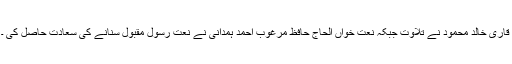
قاری خالد محمود نے تلاوت جبکہ نعت خواں الحاج حافظ مرغوب احمد ہمدانی نے نعت رسول مقبولؐ سنانے کی سعادت حاصل کی ۔